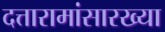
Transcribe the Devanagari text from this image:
दत्तारामांसारख्या